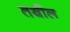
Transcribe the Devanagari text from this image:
तथील